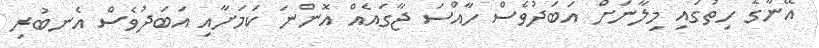
އޭނާގެ ހިތުގައި މިލާނަށް އަބަދުވެސް ހާއްސަ ޖާގައެއް އޮންނަ ކަމަށާއި އަބަދުވެސް އެނބުރި